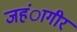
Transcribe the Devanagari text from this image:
जहंागीर